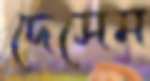
দেসেম